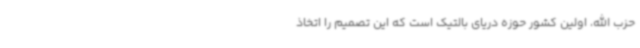
حزب الله، اولین کشور حوزه دریای بالتیک است که این تصمیم را اتخاذ